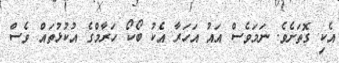
އެކި ގޮތަށެވެ. ނަމަވެސް އައު އަހަރާ އެކު ބޯކޯ ހަރާމްގެ އުކުޅުތައް ވެސް